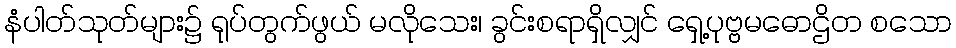
နံပါတ်သုတ်များ၌ ရုပ်တွက်ဖွယ် မလိုသေး၊ ခွင်းစရာရှိလျှင် ရှေ့ပုဗ္ဗမဓောဌိတ စသော